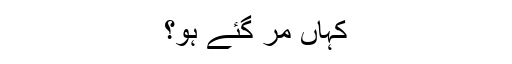
کہاں مر گئے ہو؟